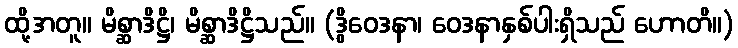
ထို့အတူ။ မိစ္ဆာဒိဋ္ဌိ၊ မိစ္ဆာဒိဋ္ဌိသည်။ (ဒွိဝေဒနာ၊ ဝေဒနာနှစ်ပါးရှိသည် ဟောတိ။)